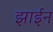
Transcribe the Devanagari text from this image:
झाईन